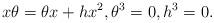
LaTeX: \begin{align*} x\theta=\theta x+hx^2, \theta^3=0, h^3=0.\end{align*}